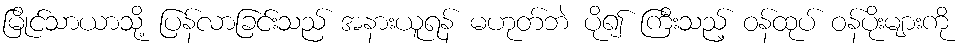
မြိုင်သာယာသို့ ပြန်လာခြင်းသည် အနားယူရန် မဟုတ်ဘဲ ပို၍ ကြီးသည့် ဝန်ထုပ် ဝန်ပိုးများကို